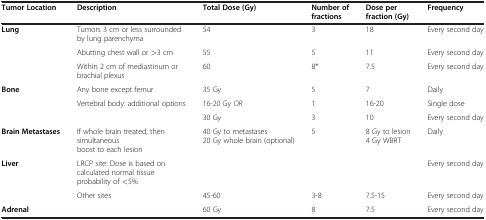
<table><thead><tr><td><b>Tumor Location</b></td><td><b>Description</b></td><td><b>Total Dose (Gy)</b></td><td><b>Number of fractions</b></td><td><b>Dose per fraction (Gy)</b></td><td><b>Frequency</b></td></tr></thead><tbody><tr><td rowspan="3"><b>Lung</b></td><td>Tumors 3 cm or less surrounded by lung parenchyma</td><td>54</td><td>3</td><td>18</td><td>Every second day</td></tr><tr><td>Abutting chest wall or &gt;3 cm</td><td>55</td><td>5</td><td>11</td><td>Every second day</td></tr><tr><td>Within 2 cm of mediastinum or brachial plexus</td><td>60</td><td>8*</td><td>7.5</td><td>Every second day</td></tr><tr><td rowspan="3"><b>Bone</b></td><td>Any bone except femur</td><td>35 Gy</td><td>5</td><td>7</td><td>Daily</td></tr><tr><td rowspan="2">Vertebral body: additional options</td><td>16-20 Gy <i>OR</i></td><td>1</td><td>16-20</td><td>Single dose</td></tr><tr><td>30 Gy</td><td>3</td><td>10</td><td>Every second day</td></tr><tr><td><b>Brain Metastases</b></td><td>If whole brain treated, then simultaneous boost to each lesion</td><td>40 Gy to metastases 20 Gy whole brain (optional)</td><td>5</td><td>8 Gy to lesion 4 Gy WBRT</td><td>Daily</td></tr><tr><td rowspan="2"><b>Liver</b></td><td>LRCP site: Dose is based on calculated normal tissue probability of &lt;5%</td><td> </td><td> </td><td> </td><td>Every second day</td></tr><tr><td>Other sites</td><td>45-60</td><td>3-8</td><td>7.5-15</td><td>Every second day</td></tr><tr><td><b>Adrenal</b></td><td> </td><td>60 Gy</td><td>8</td><td>7.5</td><td>Every second day</td></tr></tbody></table>